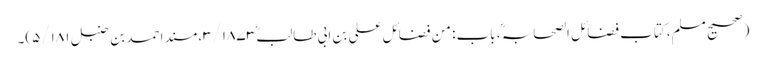
(صحیح مسلم، کتاب فضائل الصحابہ ؓ، باب: من فضائل علی بن ابی طالبؓ ۳/۱۸۷۳، مسند احمد بن حنبل ۵/۱۸۱)۔